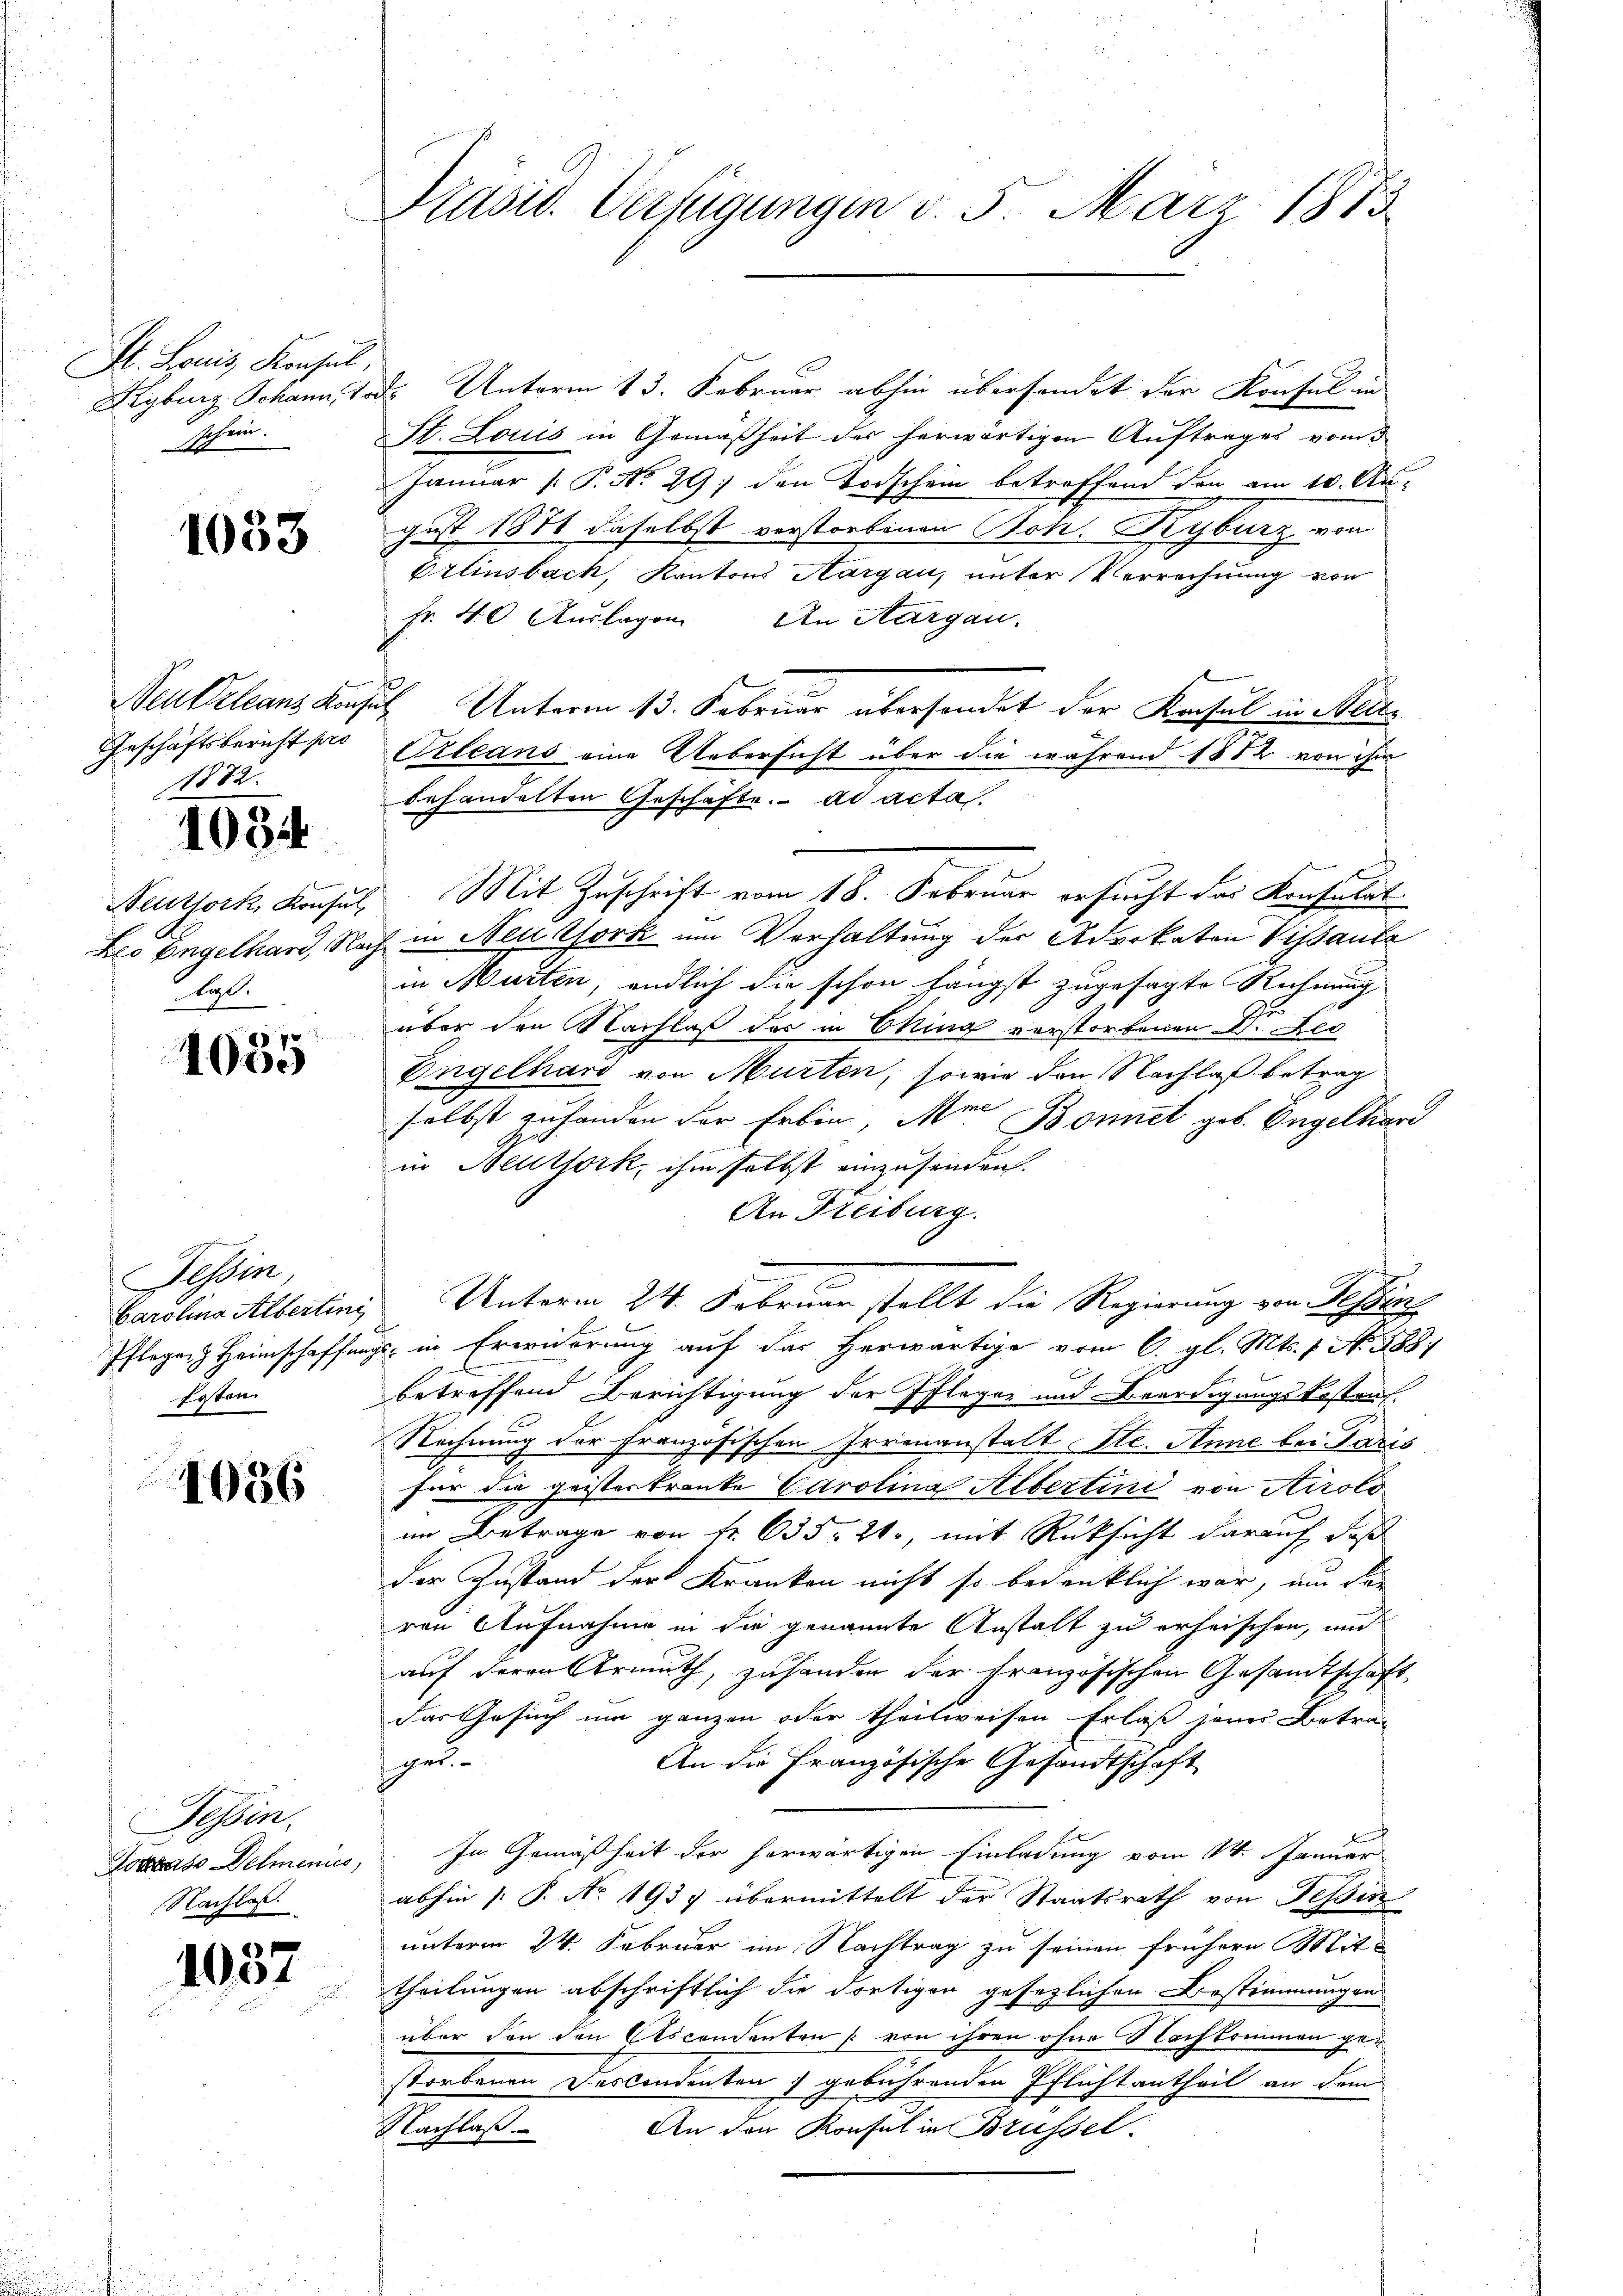
Hr. Louis, Konsul,
schein.

1033

Geschäftsbericht pro
1872.

1034

Neutfork, Konsul
lal.

1055

Tessin
Pflegen Heimschaffe
fosten

1086

Tessin.
Jodass Delmenies,
Nachlas

1037

Präsid. Verfügungen v. 5. März 1873

Ryburg Schann, Tod. Unterm 13. Februar abhin übersendet der Konsul in
St. Louis in Gemäßheit des herwärtigen Auftrages vom 3
Januar [ P. N. 29 den Todschein betreffend den am 10. Au-
gust 1874 daselbst verstorbenen Boh. Beyburg von
Erlinsbach, Kantons Aargau, unter Verrechnung von
Fr. 40 Auslagen. An Aargau.
Neubilans Konsul Unterm 13. Februar übersendet der Konsul in Meile
Orleans eine Uebersicht über die während 1882 von ihm
behandelten Geschäfte. ad acta.
Mit Zuschrift vom 18. Februar ersucht das Konsulat
Leo Engelhard, Nach in Neuork um Verhaltung der Advokaten Vissanta
in Murten, endlich die schon fängst zugesagte Rechnung
über den Nachlaß der in Eking verstorbenen Dr. Rec
Engelhard von Murten, sowie den Nachlaß betrag
selbst zuhanden der Erbin, Mei Bonnet geb. Engelhard
in Beuthork, ihm selbst einzusenden.
An Freiburg.
Carolina Albertini, Unterm 24. Februar stellt die Regierung von Schen
icht in Erwiderung auf das Herwärtige vom 6. gl. Mts. 1. No. 1888.
r
betreffend Berichtigung der Pfleger und Beerdigungsbestan
Rechnung der Französischen Irrenanstalt Ste. Anne bei aris
für die geisteskranke Carolina Albertini von Airolo
im Betrage von Nr. 635, 2., mit Rücksicht darauf, daß
der Zustand der Kranken nicht so bedenklich war, um für
ven Aufnahme in die genannte Anstalt zu erheischen, und
auf deren Armuth, zu hander der Französischen Gesandtschaft
das Gesuch um ganzen oder theilweisen Erlaß jenes Betrager
An die Französische Gesandtschaft
In Gemäßheit der herwärtigen Einladung vom 14. Januar
abhin |: P. Nr. 1937 übermittelt der Staatsrath von Tessin
unterm 24. Februar im Nachtrag zu seinen frühere Mittheilungen abschriftlich die dortigen gesezlichen Bestimmungen
über den den Ascendenten von ihren ohne Nachkommen gestorbenen Descendenten) gebührenden Pflichtantheil an dem
Nachlaß.
An den Konsul in Brüssel.